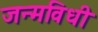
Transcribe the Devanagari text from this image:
जन्मविधी